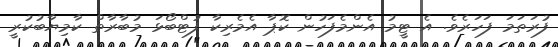
ފުރަތަމަ ފަހަރެވެ. އެ ޓީމު އެންމެފަހުން ކޮޕާ އެމެރިކާ ފުޓްބޯޅަ މުބާރާތް ކާމިޔާބުކުރީ